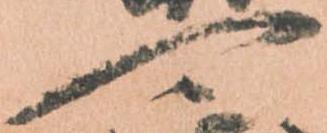
可